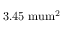
\mathrm { 3 . 4 5 \ m u m ^ { 2 } }